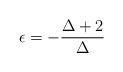
LaTeX: \begin{align*}\epsilon =-\frac{\Delta+2}{\Delta}\end{align*}